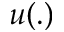
u ( . )